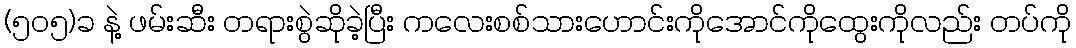
(၅၀၅)ခ နဲ့ ဖမ်းဆီး တရားစွဲဆိုခဲ့ပြီး ကလေးစစ်သားဟောင်းကိုအောင်ကိုထွေးကိုလည်း တပ်ကို